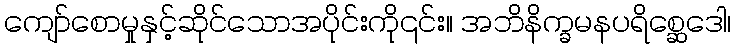
ကျော်စောမှုနှင့်ဆိုင်သောအပိုင်းကို၎င်း။ အဘိနိက္ခမနပရိစ္ဆေဒေါ၊